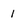
Character: 1